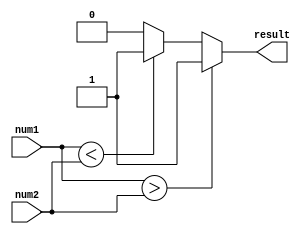
module signed_comparator(
    input signed [31:0] num1,
    input signed [31:0] num2,
    output reg result
);

always @ (*)
begin
    if (num1 > num2)
        result = 1;
    else if (num1 < num2)
        result = -1;
    else
        result = 0;
end

endmodule